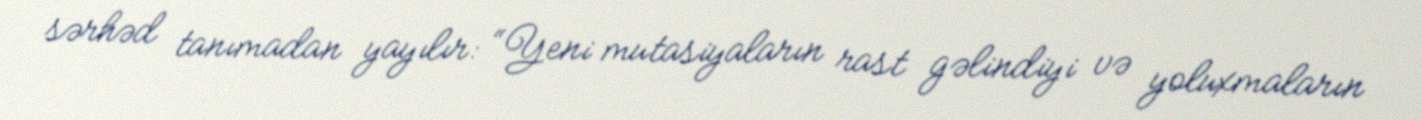
sərhəd tanımadan yayılır: “Yeni mutasiyaların rast gəlindiyi və yoluxmaların